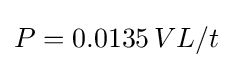
P=0.0135\,VL/t